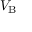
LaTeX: V _ { \mathrm { { B } } }